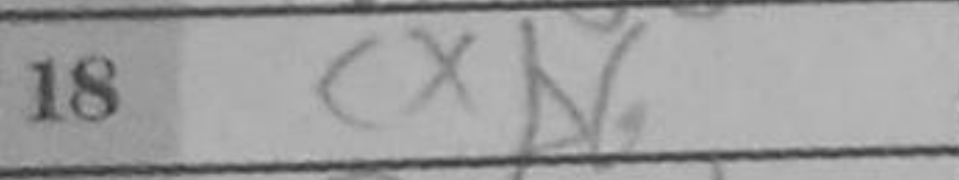
Transcription: cxb6